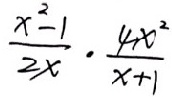
\frac { x ^ { 2 } - 1 } { 2 x } \cdot \frac { 4 x ^ { 2 } } { x + 1 }